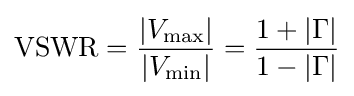
{\text{VSWR}}={\frac {|V_{\text{max}}|}{|V_{\text{min}}|}}={\frac {1+|\Gamma |}{1-|\Gamma |}}